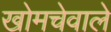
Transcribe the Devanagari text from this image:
खोमचेवाले